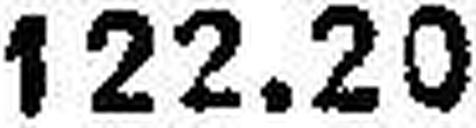
122.29